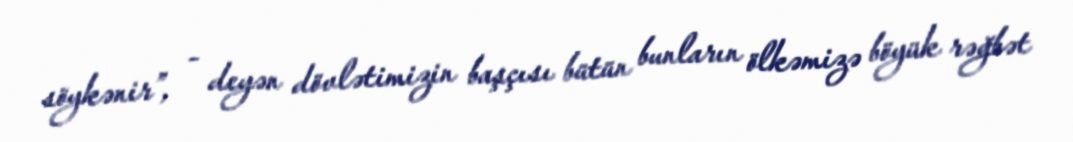
söykənir”, - deyən dövlətimizin başçısı bütün bunların ölkəmizə böyük rəğbət